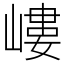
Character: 嶁